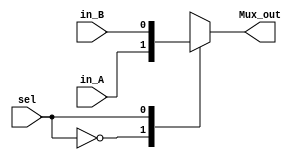
module Mux2to1_forRandon(
    input  in_A,
    input  in_B,
    input  sel,
    output Mux_out
    );

reg  Mux_out;

always @(in_A or in_B or sel)begin
		case(sel)
			1'b0 : Mux_out = in_A;
			1'b1 : Mux_out = in_B;
			default : Mux_out = in_A;
		endcase
end    
    
endmodule